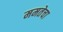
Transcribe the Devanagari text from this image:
ममतेचा